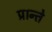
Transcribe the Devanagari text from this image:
प्रान्ते